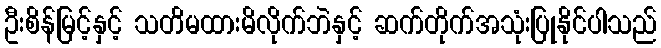
ဦးစိန်မြင့်နှင့် သတိမထားမိလိုက်ဘဲနှင့် ဆက်တိုက်အသုံးပြုနိုင်ပါသည်